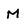
Character: M